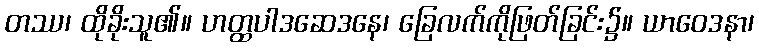
တဿ၊ ထိုခိုးသူ၏။ ဟတ္ထပါဒဆေဒနေ၊ ခြေလက်ကိုဖြတ်ခြင်း၌။ ယာဝေဒနာ၊